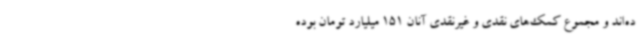
ده‌اند و مجموع کمک‌های نقدی و غیرنقدی آنان 151 میلیارد تومان بوده